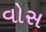
વોસ